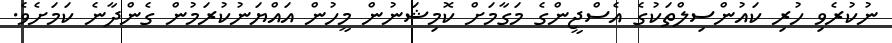
ނުކުރެވި ހުރި ކައުންސިލްތަކުގެ އެސްޖީންގެ މަގާމަށް ކޮމިޝަނުން މީހުން އައްޔަނުކުރަމުން ގެންދާނެ ކަމަށެވެ.